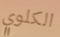
الكلوي